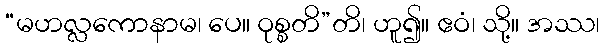
“မဟလ္လကောနာမ၊ ပေ။ ဝုစ္စတိ”တိ၊ ဟူ၍။ ဧဝံ၊ သို့။ အဿ၊